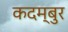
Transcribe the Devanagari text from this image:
कदम्बुर